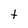
Character: t